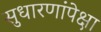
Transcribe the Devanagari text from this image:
सुधारणांपेक्षा